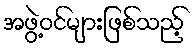
အဖွဲ့ဝင်များဖြစ်သည့်